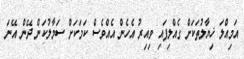
އަމިއްލަ ޚިޔާލުތަކަށް ގެއްލިފައި ވިއިރު އެހެން އެއްވެސް ކަމަކަށް ސަމާލުކަން ދޭން އޭނަ